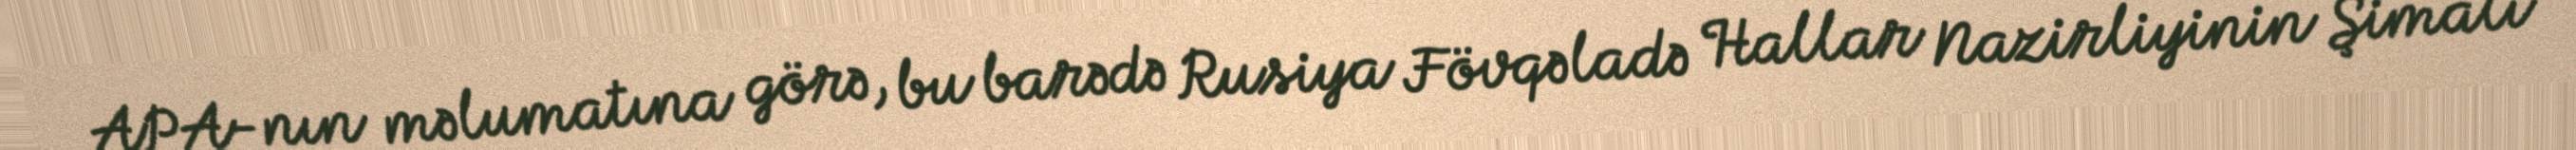
APA-nın məlumatına görə, bu barədə Rusiya Fövqəladə Hallar Nazirliyinin Şimali